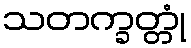
သတက္ခတ္တုံ